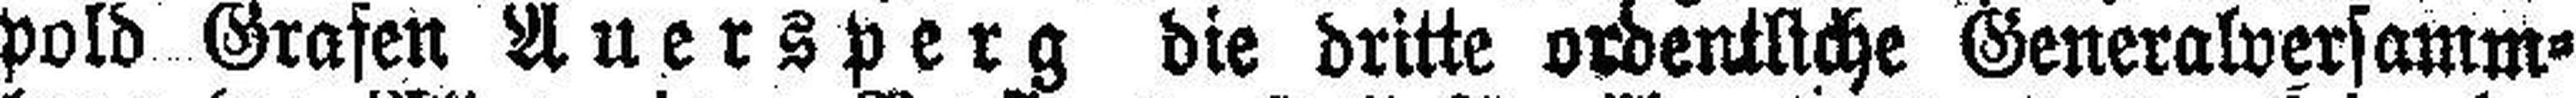
pold Grafen Auersperg die dritte ordentliche Generalversamm¬